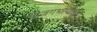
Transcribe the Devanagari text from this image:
बीजगर्भापासून